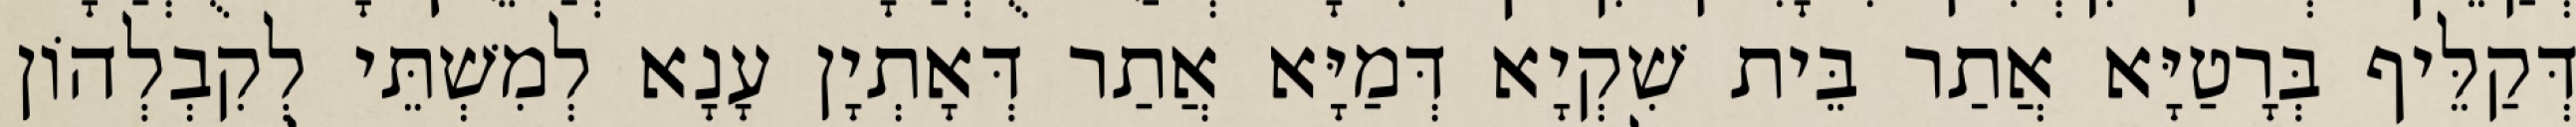
דְּקַלֵּיף בְּרָטַיָּא אֲתַר בֵּית שִׁקְיָא דְּמַיָּא אֲתַר דְּאָתְיָן עָנָא לְמִשְׁתֵּי לְקִבְלְהוֹן